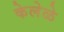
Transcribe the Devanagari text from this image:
केलेळे